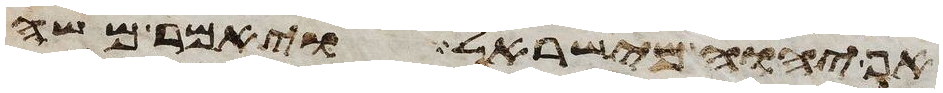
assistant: אף יהוה מישראל ויאמר משה